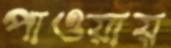
পাওয়ায়